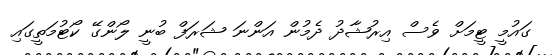
ގައުމީ ޓީމަށް ވެސް އިރުޝާދު ދެމުން އަންނަ ޝަރަފް ބުނީ ލޯންގޭ ކޯޓުމަތީގައި